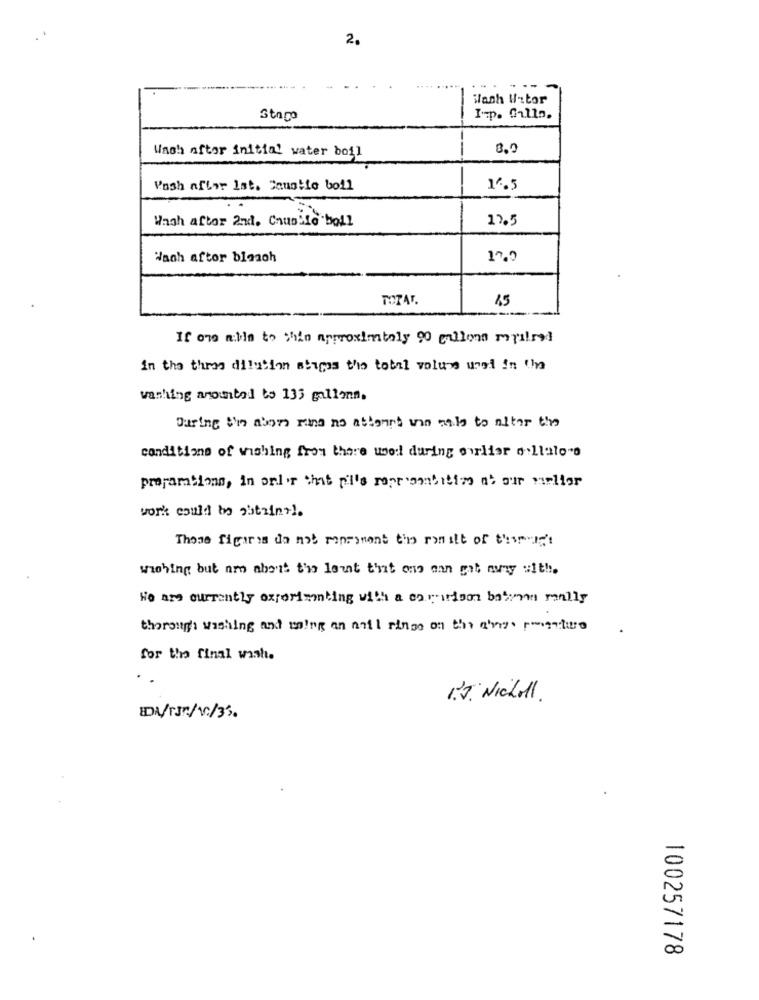
2.
Wash Witor
Staro
Imp. fullo.
Wash after initial water boil
3.0
Posh aflor Ist. Coustio boil
1.5
Wagh aftor 2nd. Chupito boll
12.5
Wach aftor blomoh
17.9
TOPAT
If one mitis to this approximately 90 gallons mapilsad
in the three dilution abages the total volume used in Un
washing amountod to 135 gallonn.
During the alors mine no attoant une tais to alter the
conditions of wishing from there used during ourlier allaloro
prepartions, in onl'r that pi's repr contitime at our vielfor
work could to obtainil.
These figures do not reprament the ronslt of them's
wishing but nro about the lout that ons ann get away with.
He are currently experimenting with a caririson batom really
thorough washing and maing an mail rinse on the anys posture
for the final wash.
13. Nicholl.
DA/13/10/33.
100257178